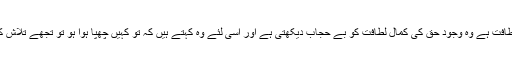
تو امام حسین کے وجود کی جو لطافت ہے وہ وجود حق کی کمال لطافت کو بے حجاب دیکھتی ہے اور اسی لئے وہ کہتے ہیں کہ تو کہیں چھپا ہوا ہو تو تجھے تلاش کیا جائے نا جب ایسا ہے ہی نہیں۔